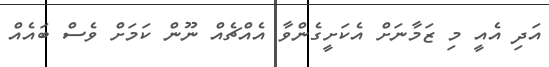
އަދި އެއީ މި ޒަމާނަށް އެކަށީގެންވާ އެއްޗެއް ނޫން ކަމަށް ވެސް ބައެއް